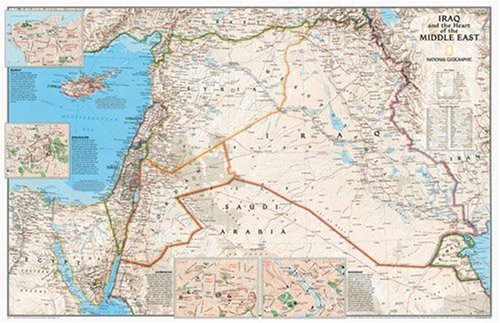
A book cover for By National Geographic Society Iraq and the Heart of the Middle East [Map]; Travel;